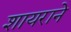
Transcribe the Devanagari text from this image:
शायराने